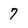
Character: 7